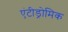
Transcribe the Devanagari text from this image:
एंटीड्रोमिक